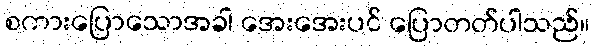
စကားပြောသောအခါ အေးအေးပင် ပြောတတ်ပါသည်။